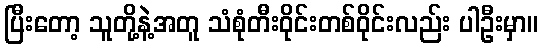
ပြီးတော့ သူတို့နဲ့အတူ သံစုံတီးဝိုင်းတစ်ဝိုင်းလည်း ပါဦးမှာ။